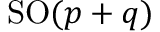
\mathrm { S O } ( p + q )